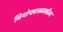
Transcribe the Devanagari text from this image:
नियोप्लासमसौम्य